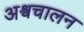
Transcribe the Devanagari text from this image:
अश्वचालन